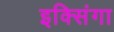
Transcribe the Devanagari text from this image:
इक्सिंगा